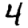
Digit: 4